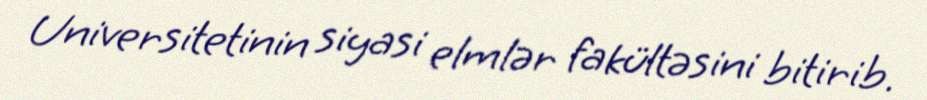
Universitetinin siyasi elmlər fakültəsini bitirib.